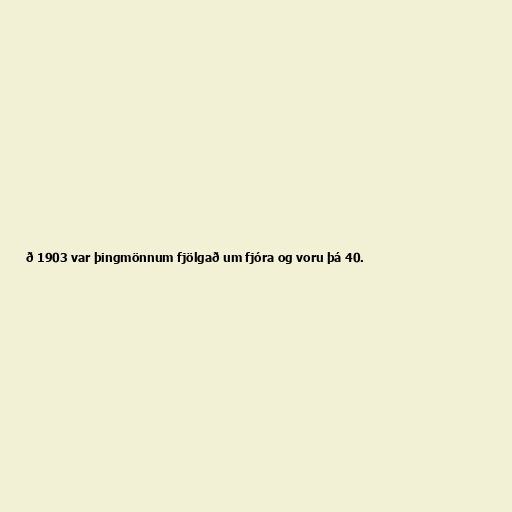
ð 1903 var þingmönnum fjölgað um fjóra og voru þá 40.